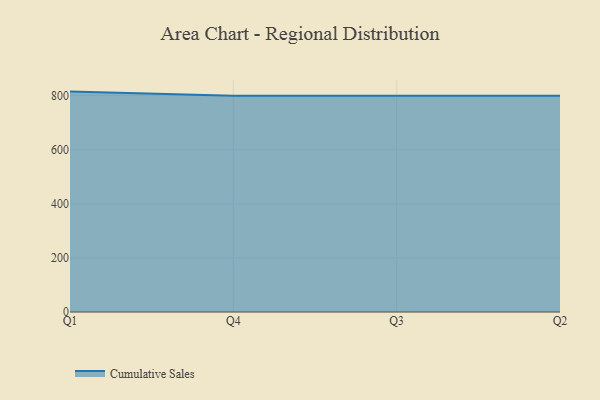
{"axis": {"x": "Quarter", "y": "Headcount"}, "legend": ["Cumulative Sales"], "data": [{"x": "Q1", "y": 814.9, "type": "Cumulative Sales"}, {"x": "Q4", "y": 800, "type": "Cumulative Sales"}, {"x": "Q3", "y": 800, "type": "Cumulative Sales"}, {"x": "Q2", "y": 800, "type": "Cumulative Sales"}]}